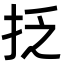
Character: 抸